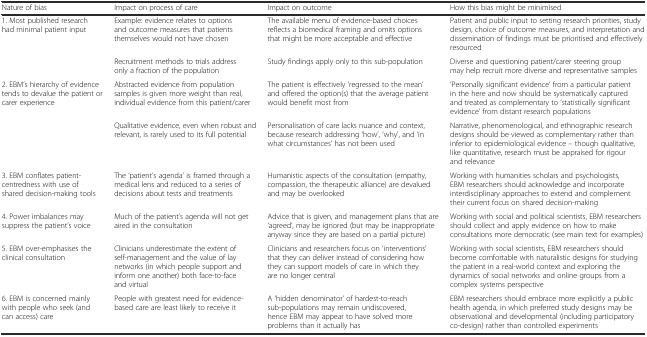
<table><thead><tr><td><b>Nature of bias</b></td><td><b>Impact on process of care</b></td><td><b>Impact on outcome</b></td><td><b>How this bias might be minimised</b></td></tr></thead><tbody><tr><td rowspan="2">1. Most published research had minimal patient input</td><td>Example: evidence relates to options and outcome measures that patients themselves would not have chosen</td><td>The available menu of evidence-based choices reflects a biomedical framing and omits options that might be more acceptable and effective</td><td>Patient and public input to setting research priorities, study design, choice of outcome measures, and interpretation and dissemination of findings must be prioritised and effectively resourced</td></tr><tr><td>Recruitment methods to trials address only a fraction of the population</td><td>Study findings apply only to this sub-population</td><td>Diverse and questioning patient/carer steering group may help recruit more diverse and representative samples</td></tr><tr><td rowspan="2">2. EBM’s hierarchy of evidence tends to devalue the patient or carer experience</td><td>Abstracted evidence from population samples is given more weight than real, individual evidence from this patient/carer</td><td>The patient is effectively ‘regressed to the mean’ and offered the option(s) that the average patient would benefit most from</td><td>‘Personally significant evidence’ from a particular patient in the here and now should be systematically captured and treated as complementary to ‘statistically significant evidence’ from distant research populations</td></tr><tr><td>Qualitative evidence, even when robust and relevant, is rarely used to its full potential</td><td>Personalisation of care lacks nuance and context, because research addressing ‘how’, ‘why’, and ‘in what circumstances’ has not been used</td><td>Narrative, phenomenological, and ethnographic research designs should be viewed as complementary rather than inferior to epidemiological evidence – though qualitative, like quantitative, research must be appraised for rigour and relevance</td></tr><tr><td>3. EBM conflates patient-centredness with use of shared decision-making tools</td><td>The ‘patient’s agenda’ is framed through a medical lens and reduced to a series of decisions about tests and treatments</td><td>Humanistic aspects of the consultation (empathy, compassion, the therapeutic alliance) are devalued and may be overlooked</td><td>Working with humanities scholars and psychologists, EBM researchers should acknowledge and incorporate interdisciplinary approaches to extend and complement their current focus on shared decision-making</td></tr><tr><td>4. Power imbalances may suppress the patient’s voice</td><td>Much of the patient’s agenda will not get aired in the consultation</td><td>Advice that is given, and management plans that are ‘agreed’, may be ignored (but may be inappropriate anyway since they are based on a partial picture)</td><td>Working with social and political scientists, EBM researchers should collect and apply evidence on how to make consultations more democratic (see main text for examples)</td></tr><tr><td>5. EBM over-emphasises the clinical consultation</td><td>Clinicians underestimate the extent of self-management and the value of lay networks (in which people support and inform one another) both face-to-face and virtual</td><td>Clinicians and researchers focus on ‘interventions’ that they can deliver instead of considering how they can support models of care in which they are no longer central</td><td>Working with social scientists, EBM researchers should become comfortable with naturalistic designs for studying the patient in a real-world context and exploring the dynamics of social networks and online groups from a complex systems perspective</td></tr><tr><td>6. EBM is concerned mainly with people who seek (and can access) care</td><td>People with greatest need for evidence-based care are least likely to receive it</td><td>A ‘hidden denominator’ of hardest-to-reach sub-populations may remain undiscovered, hence EBM may appear to have solved more problems than it actually has</td><td>EBM researchers should embrace more explicitly a public health agenda, in which preferred study designs may be observational and developmental (including participatory co-design) rather than controlled experiments</td></tr></tbody></table>